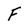
Character: F